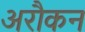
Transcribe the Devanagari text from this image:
अरौकन